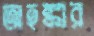
অহঙ্কার